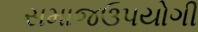
સમાજઉપયોગી